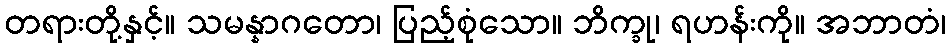
တရားတို့နှင့်။ သမန္နာဂတော၊ ပြည့်စုံသော။ ဘိက္ခု၊ ရဟန်းကို။ အဘာတံ၊